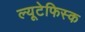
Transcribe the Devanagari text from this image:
ल्यूटेफिस्क